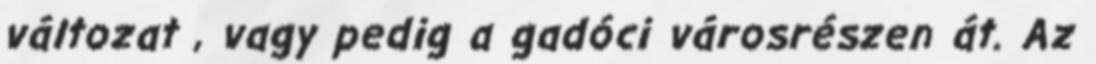
változat , vagy pedig a gadóci városrészen át. Az